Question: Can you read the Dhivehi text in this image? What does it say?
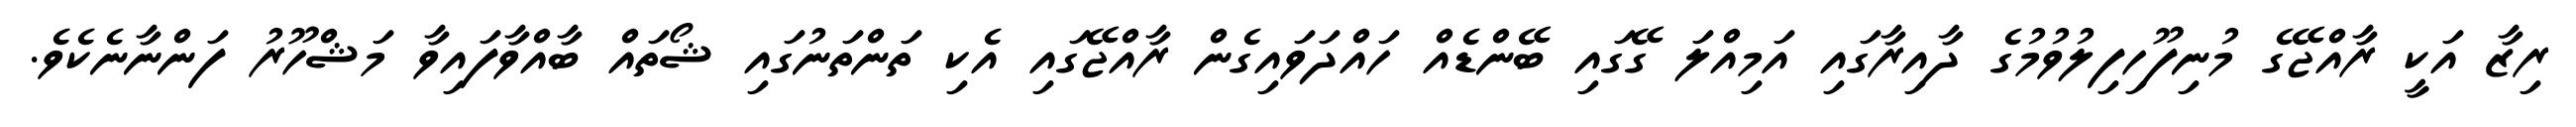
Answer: ރިޒާ އަކީ ރާއްޖޭގެ މުނިފޫހިފިލުވުމުގެ ދާއިރާގައި އަމިއްލަ ގޭގައި ބޭންޑެއް ހައްދަވައިގެން ރާއްޖޭގައި އެކި ތަންތަނުގައި ޝޯތައް ބާއްވާފައިވާ މަޝްހޫރު ފަންނާނެކެވެ.